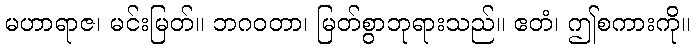
မဟာရာဇ၊ မင်းမြတ်။ ဘဂဝတာ၊ မြတ်စွာဘုရားသည်။ ဧတံ၊ ဤစကားကို။